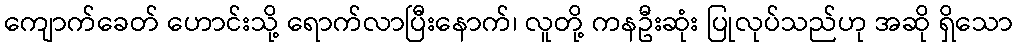
ကျောက်ခေတ် ဟောင်းသို့ ရောက်လာပြီးနောက်၊ လူတို့ ကနဦးဆုံး ပြုလုပ်သည်ဟု အဆို ရှိသော